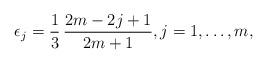
LaTeX: \begin{align*}\epsilon_{j} = \dfrac{1}{3} \, \dfrac{2m-2j+1}{2m+1}, j = 1,\ldots,m, \end{align*}